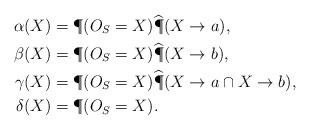
LaTeX: \begin{align*}\alpha(X) &= \P(O_S = X) {\widehat \P} (X \rightarrow a), \\\beta(X) &= \P(O_S = X) {\widehat \P} (X \rightarrow b), \\\gamma(X) &= \P(O_S = X) {\widehat \P} (X \rightarrow a \cap X \rightarrow b), \\\delta(X) &= \P(O_S = X).\end{align*}